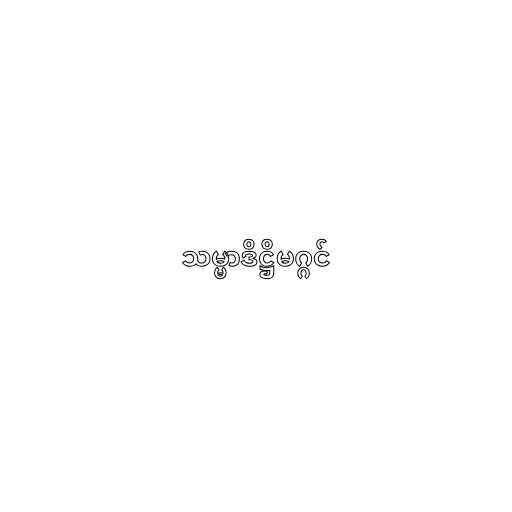
သမ္မာဒိဋ္ဌိမဂ္ဂင်